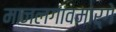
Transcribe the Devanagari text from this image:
माजलगावमार्गे